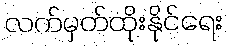
လက်မှတ်ထိုးနိုင်ရေး